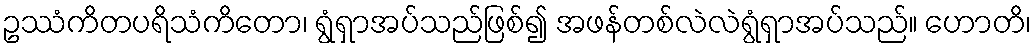
ဥဿံကိတပရိသံကိတော၊ ရွံရှာအပ်သည်ဖြစ်၍ အဖန်တစ်လဲလဲရွံရှာအပ်သည်။ ဟောတိ၊